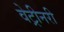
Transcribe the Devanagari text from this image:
वेट्रीनरी